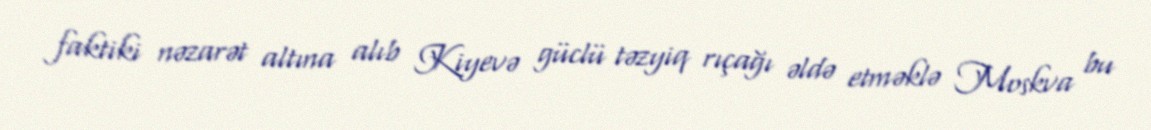
faktiki nəzarət altına alıb Kiyevə güclü təzyiq rıçağı əldə etməklə Moskva bu